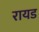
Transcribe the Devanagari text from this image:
रायड